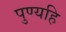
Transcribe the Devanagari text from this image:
पुण्यहि